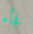
فجأه